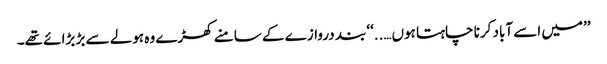
’’میں اسے آباد کرنا چاہتا ہوں…..‘‘ بند دروازے کے سامنے کھڑے وہ ہولے سے بڑ بڑائے تھے۔